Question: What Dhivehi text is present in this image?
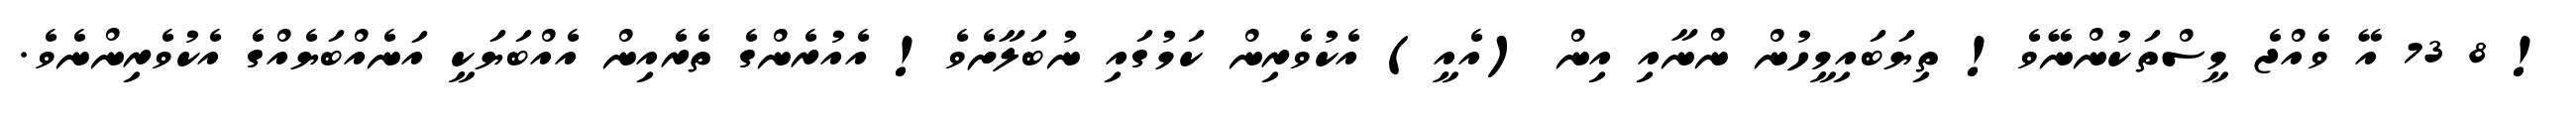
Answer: ! 8 73 އޭ ވެއްޖެ މީސްތަކުންނޭވެ! ތިޔަބައިމީހުން ންނާއި އިން (އެއީ) އެކުވެރިން ކަމުގައި ނުބަލާށެވެ! އެއުރެންގެ ތެރެއިން އެއްބަޔަކީ އަނެއްބަޔެއްގެ އެކުވެރިންނެވެ.